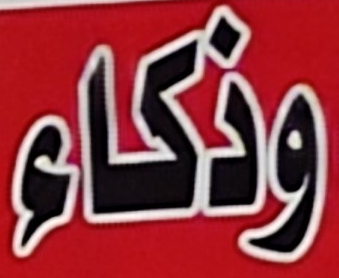
وذكاء